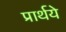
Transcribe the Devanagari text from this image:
प्रार्थये